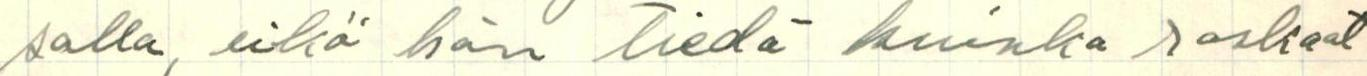
salla, eikä hän tiedä kuinka raskaat